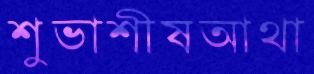
শুভাশীষআথা